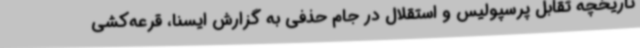
تاریخچه تقابل پرسپولیس و استقلال در جام حذفی به گزارش ایسنا، قرعه‌کشی